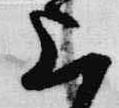
上